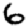
Digit: 6